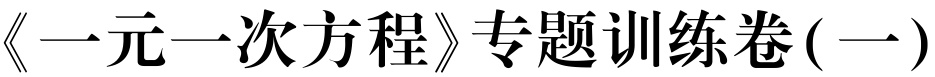
《一元一次方程》专题训练卷(一)